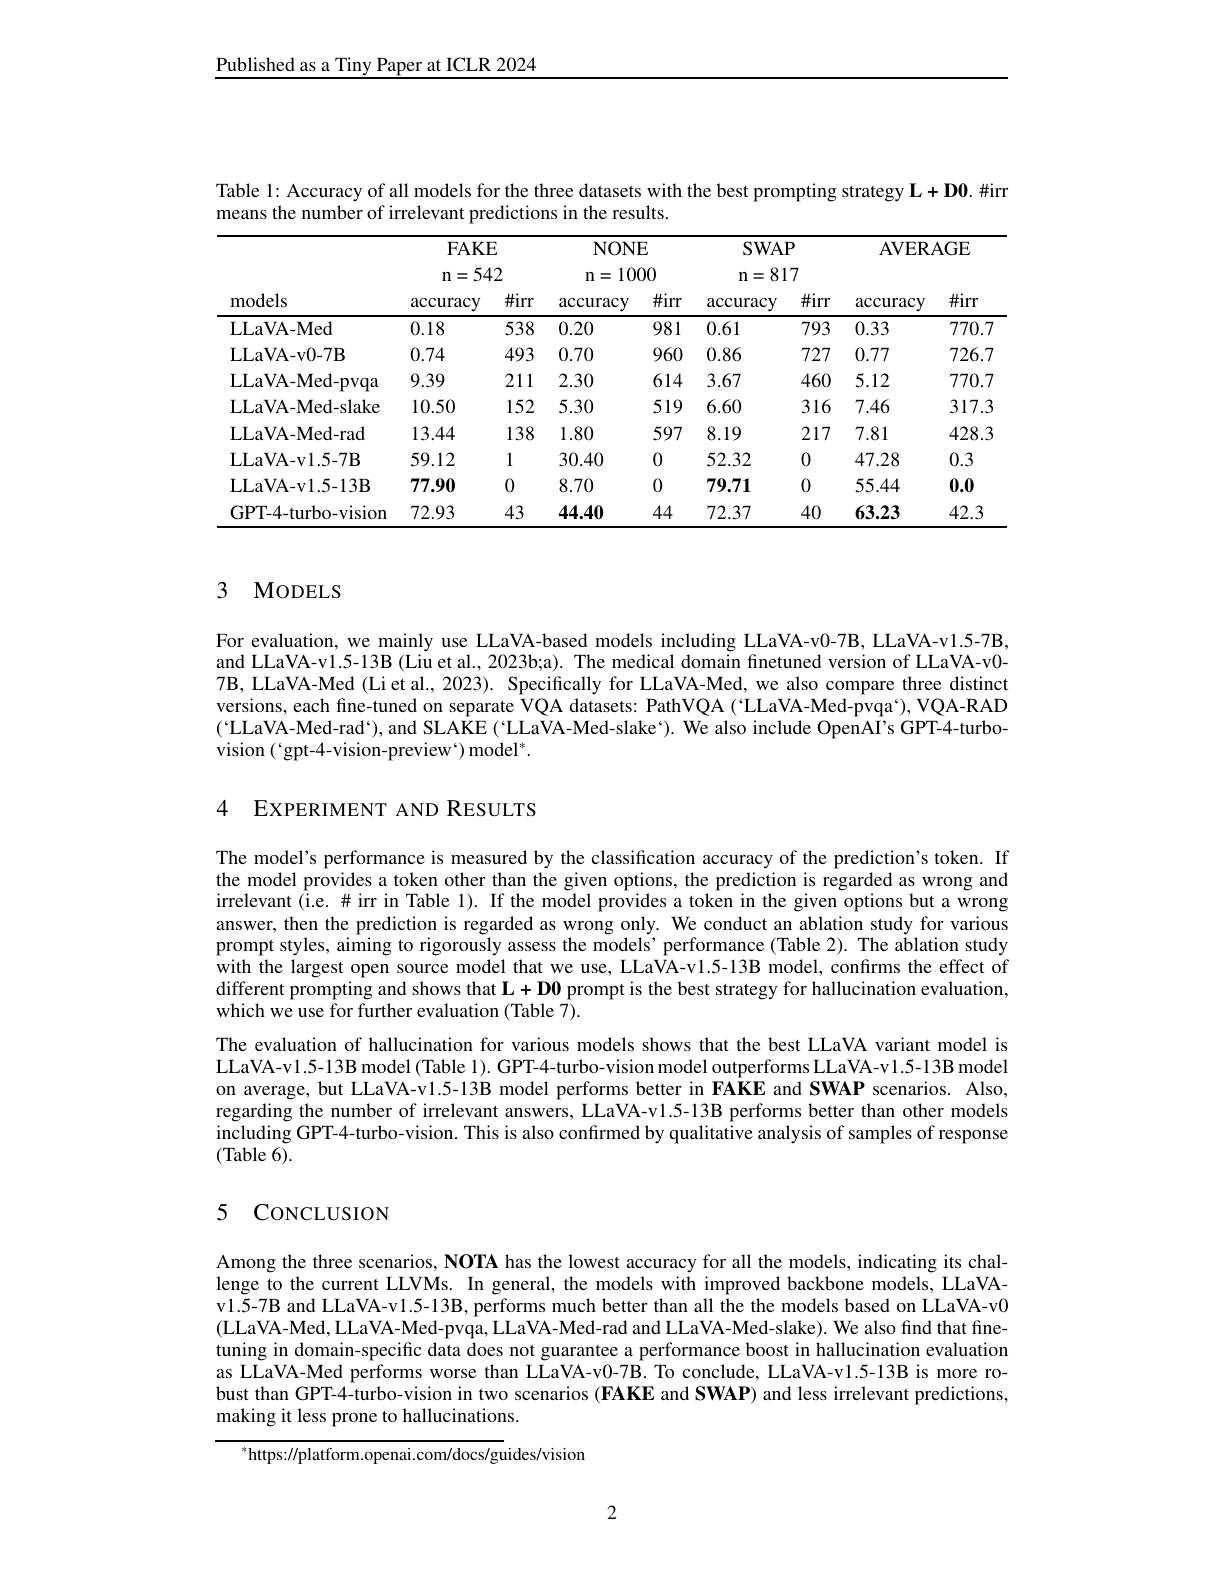
Published as a Tiny Paper at ICLR 2024

Table 1: Accuracy of all models for the three datasets with the best prompting strategy $\mathbf{L}+\mathbf{D}0.\#$irr
means the number of irrelevant predictions in the results.

<table>
	<tbody>
		<tr>
			<th rowspan="4">models</th>
			<th colspan="6">$FAKE$ $\mathbf{n}=542$</th>
			<th colspan="6">NONE n= 1000</th>
			<th colspan="6">$SWAP$ $\mathbf{n}=817$</th>
			<th>$\mathbf{AVER}_{A}$</th>
			<th>$AGE$</th>
		</tr>
		<tr>
			<th colspan="2">AVERAGE</th>
		</tr>
		<tr>
			<th> </th>
			<th> </th>
		</tr>
		<tr>
			<th>accuracy</th>
			<th>$\#irr$ T</th>
			<th>accuracy</th>
			<th>$\#irr$</th>
			<th>accuracy</th>
			<th>$\#irr$</th>
			<th>accuracy</th>
			<th>$\#irr$</th>
		</tr>
		<tr>
			<td>LLaVA- Med</td>
			<td>0.18</td>
			<td>538</td>
			<td>0.20</td>
			<td>981</td>
			<td>0.61</td>
			<td>793</td>
			<td>0.33</td>
			<td>770.7</td>
		</tr>
		<tr>
			<td>LLaVA- v0- 7B</td>
			<td>0.74</td>
			<td>493</td>
			<td>0.70</td>
			<td>960</td>
			<td>0.86</td>
			<td>727</td>
			<td>0.77</td>
			<td>726.7</td>
		</tr>
		<tr>
			<td>LLaVA- Med- pvqa</td>
			<td>9.39</td>
			<td>211</td>
			<td>2.30</td>
			<td>614</td>
			<td>3.67</td>
			<td>460</td>
			<td>5.12</td>
			<td>770.7</td>
		</tr>
		<tr>
			<td>LLaVA- Med- slake</td>
			<td>10.50</td>
			<td>152</td>
			<td>5.30</td>
			<td>519</td>
			<td>6.60</td>
			<td>316</td>
			<td>7.46</td>
			<td>317.3</td>
		</tr>
		<tr>
			<td>LLaVA- Med- rad</td>
			<td>13.44</td>
			<td>138</td>
			<td>1.80</td>
			<td>597</td>
			<td>8.19</td>
			<td>217</td>
			<td>7.81</td>
			<td>428.3</td>
		</tr>
		<tr>
			<td>LLaVA- v1. 5- 7B</td>
			<td>59.12</td>
			<td>1</td>
			<td>30.40</td>
			<td>0</td>
			<td>52.32</td>
			<td>0</td>
			<td>47.28</td>
			<td>0.3</td>
		</tr>
		<tr>
			<td>LLaVA- v1. 5- 13B</td>
			<td>77.90</td>
			<td>0</td>
			<td>8.70</td>
			<td>0</td>
			<td>79.71</td>
			<td>0</td>
			<td>55.44</td>
			<td>0.0</td>
		</tr>
		<tr>
			<td>GPT-4-turbo-vision</td>
			<td>72.93</td>
			<td>43</td>
			<td>44.40</td>
			<td>44</td>
			<td>72.37</td>
			<td>40</td>
			<td>63.23</td>
			<td>42.3</td>
		</tr>
	</tbody>
</table>

### 3 MODELS

For evaluation, we mainly use LLaVA-based models including LLaVA-v0-7B, LLaVA-v1.5-7B, and LLaVA-v1.5-13B (Liu et al., 2023b;a). The medical domain finetuned version of LLaVA-v0- 7B, LLaVA-Med (Li et al., 2023). Specifically for LLaVA-Med, we also compare three distinct versions, each fine-tuned on separate VQA datasets: PathVQA ('LLaVA-Med-pvqa`), VQA-RAD ('LLaVA-Med-rad`), and SLAKE('LLaVA-Med-slake'). We also include OpenAI's GPT-4-turbovision ('gpt-4-vision-preview`) model'.

4 EXPERIMENT AND RESULTS

The model's performance is measured by the classification accuracy of the prediction's token. If the model provides a token other than the given options, the prediction is regarded as wrong and irrelevant $\hat{\text{(i.e.\#irr in Table 1). If the model provides a token in the given options but a wrong}\:\mathrm{irrelevant~(i.e.\#irr~in~Table~1).~If~the~model~provides~a~token~in~the~given~options~but~a~wrong}\:\mathrm{irelevant~(i.e.\#~\#~irr~in~Table~1).~If~the~model~pro}}$ answer, then the prediction is regarded as wrong only. We conduct an ablation study for various prompt styles, aiming to rigorously assess the models' performance (Table 2). The ablation study with the largest open source model that we use, LLaVA-v1.5-13B model, confirms the effect of different prompting and shows that $\mathbf{L}+\mathbf{D}\mathbf{0}$ prompt is the best strategy for hallucination evaluation, which we use for further evaluation (Table 7).
The evaluation of hallucination for various models shows that the best LLaVA variant model is LLaVA-v1.5-13B model (Table 1). GPT-4-turbo-vision model outperforms LLaVA-v 1.5-13B model on average, but LLaVA-v1.5-13B model performs better in FAKE and SWAP scenarios. Also, regarding the number of irrelevant answers, LLaVA-v1.5-13B performs better than other models including GPT-4-turbo-vision. This is also confırmed by qualitative analysis of samples of response (Table 6).

## 5 CoNCLUSION

Among the three scenarios, NOTA has the lowest accuracy for all the models, indicating its challenge to the current LLVMs. In general, the models with improved backbone models, LLaVAv1.5-7B and LLaVA-v1.5-13B, performs much better than all the the models based on LLaVA-v0 (LLaVA-Med, LLaVA-Med-pvqa, LLaVA-Med-rad and LLaVA-Med-slake). We also find that finetuning in domain-specific data does not guarantee a performance boost in hallucination evaluation as LLaVA-Med performs worse than LLaVA-v0-7B. To conclude, LLaVA-v1.5-13B is more robust than GPT-4-turbo-vision in two scenarios (FAKE and SWAP) and less irrelevant predictions, making it less prone to hallucinations.

$^*{\mathrm{https:}//\mathrm{platform.openai.com/docs/guides/vision}}$

2